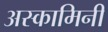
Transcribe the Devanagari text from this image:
अस्कामिनी